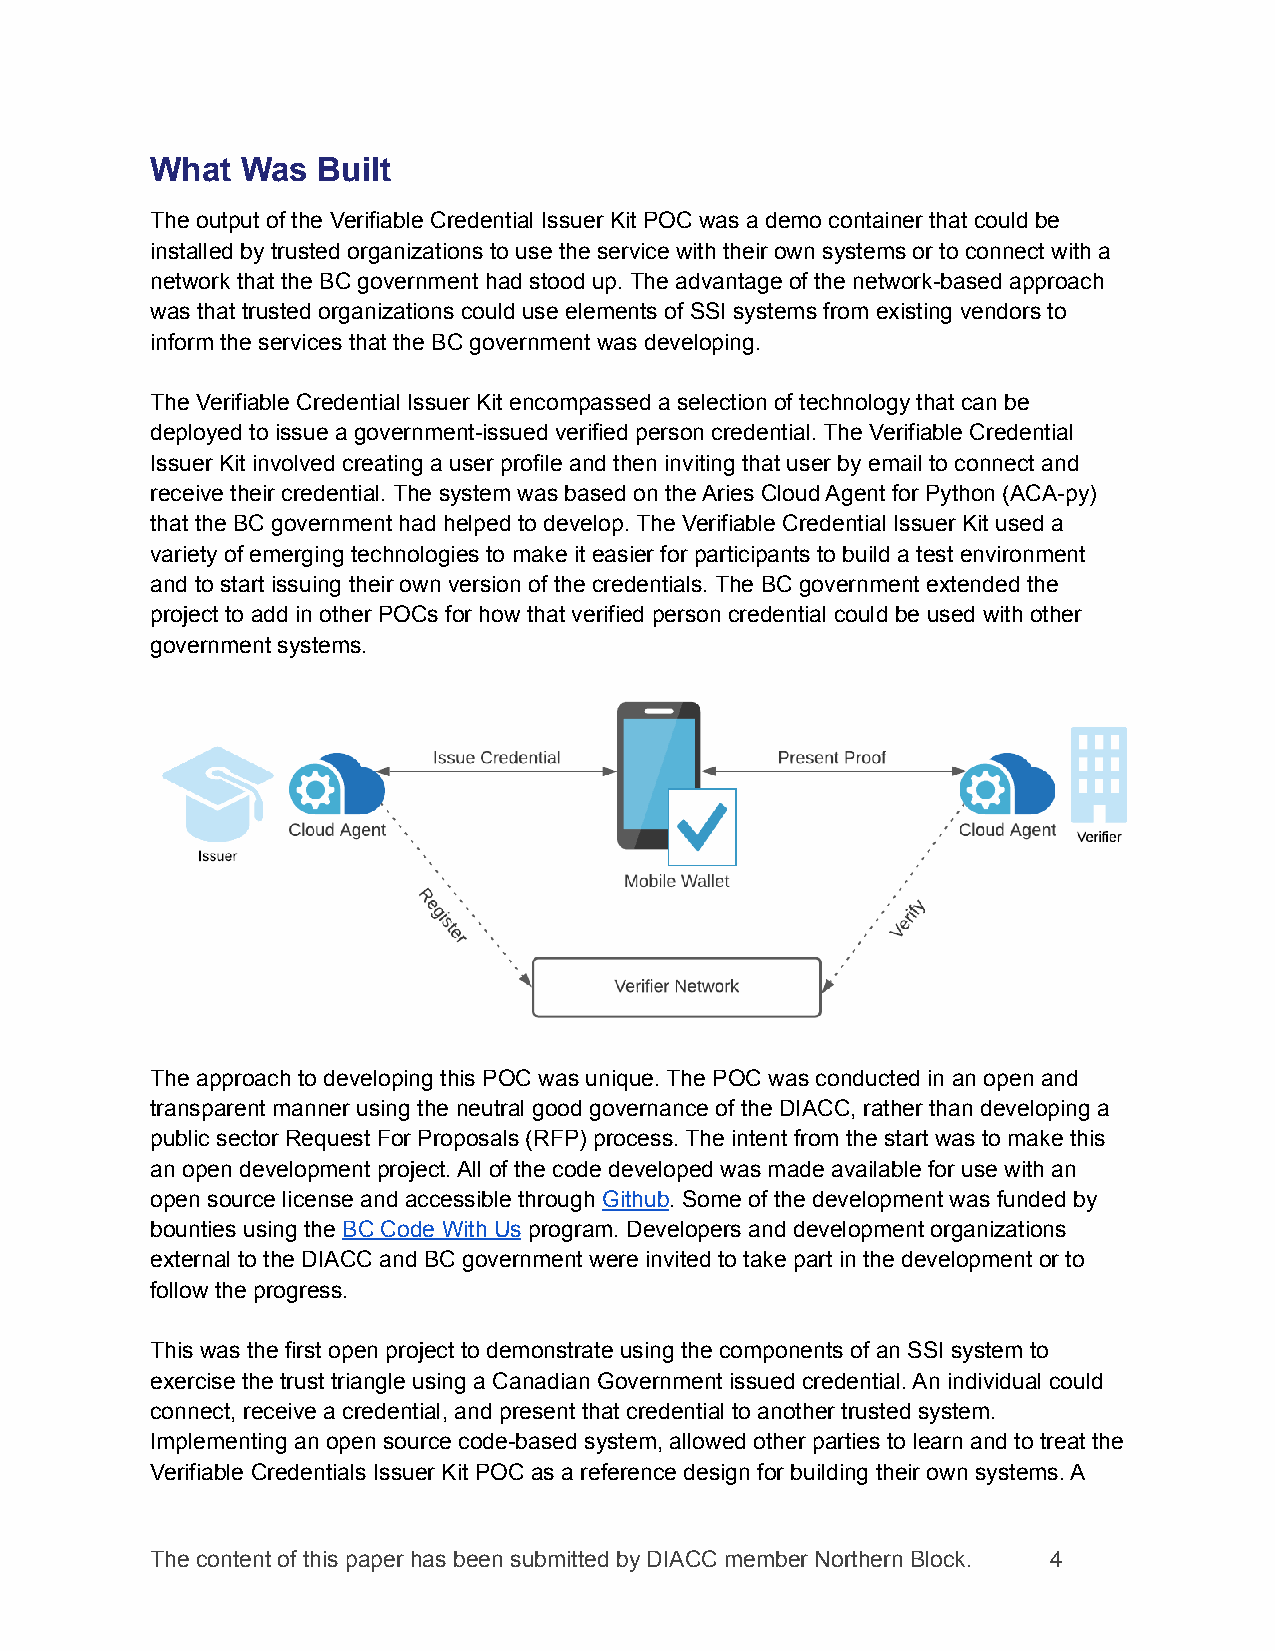
What  Was  Built
 The output of the Verifiable Credential Issuer Kit POC was a demo container that could be
 installed by trusted organizations to use the service with their own systems or to connect with a
 network that the BC government had stood up. The advantage of the network-based approach
 was that trusted organizations could use elements of SSI systems from existing vendors to
 inform the services that the BC government was developing.
 The Verifiable Credential Issuer Kit encompassed a selection of technology that can be
 deployed to issue a government-issued verified person credential. The Verifiable Credential
 Issuer Kit involved creating a user profile and then inviting that user by email to connect and
 receive their credential. The system was based on the Aries Cloud Agent for Python (ACA-py)
 that the BC government had helped to develop. The Verifiable Credential Issuer Kit used a
 variety of emerging technologies to make it easier for participants to build a test environment
 and to start issuing their own version of the credentials. The BC government extended the
 project to add in other POCs for how that verified person credential could be used with other
 government systems.
 The approach to developing this POC was unique. The POC was conducted in an open and
 transparent manner using the neutral good governance of the DIACC, rather than developing a
 public sector Request For Proposals (RFP) process. The intent from the start was to make this
 an open development project. All of the code developed was made available for use with an
 open source license and accessible through Github. Some of the development was funded by
 bounties using the BC Code With Us program. Developers and development organizations
 external to the DIACC and BC government were invited to take part in the development or to
 follow the progress.
 This was the first open project to demonstrate using the components of an SSI system to
 exercise the trust triangle using a Canadian Government issued credential. An individual could
 connect, receive a credential, and present that credential to another trusted system.
 Implementing an open source code-based system, allowed other parties to learn and to treat the
 Verifiable Credentials Issuer Kit POC as a reference design for building their own systems. A
 The content of this paper has been submitted by DIACC member Northern Block. 4